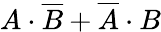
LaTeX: A\cdot{\overline{{B}}}+{\overline{{A}}}\cdot B